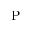
\mathrm { P }